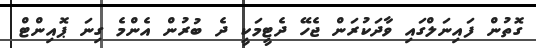
ގޮތުން ފައިނަލްގައި ވާދަކުރަން ޖެހޭ ދެޓީމަކީ ދެ ބުރުން އެންމެ ގިނަ ޕޮއިންޓް